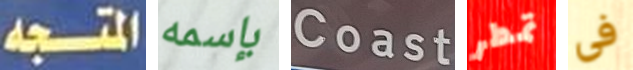
المتجه بإسمه Coast تمطر فى